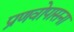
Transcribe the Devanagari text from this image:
प्रणवोपासना